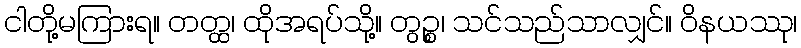
ငါတို့မကြားရ။ တတ္ထ၊ ထိုအရပ်သို့။ တွဉ္စ၊ သင်သည်သာလျှင်။ ဝိနယဿု၊